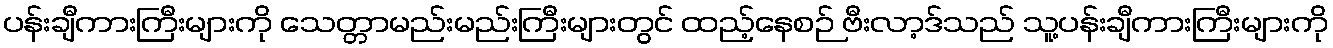
ပန်းချီကားကြီးများကို သေတ္တာမည်းမည်းကြီးများတွင် ထည့်နေစဉ် ဗီးလာ့ဒ်သည် သူ့ပန်းချီကားကြီးများကို